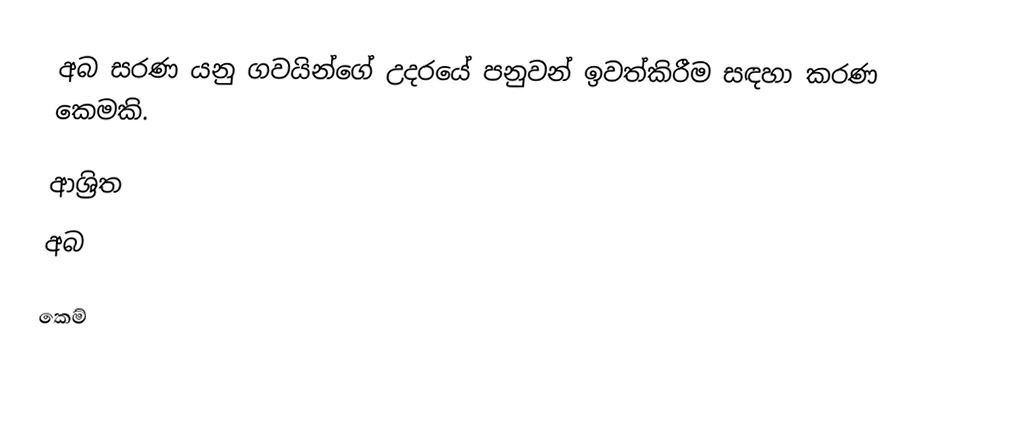
අබ සරණ යනු ගවයින්ගේ උදරයේ පනුවන් ඉවත්කිරීම සඳහා කරණ කෙමකි.

ආශ්‍රිත
 අබ

කෙම්